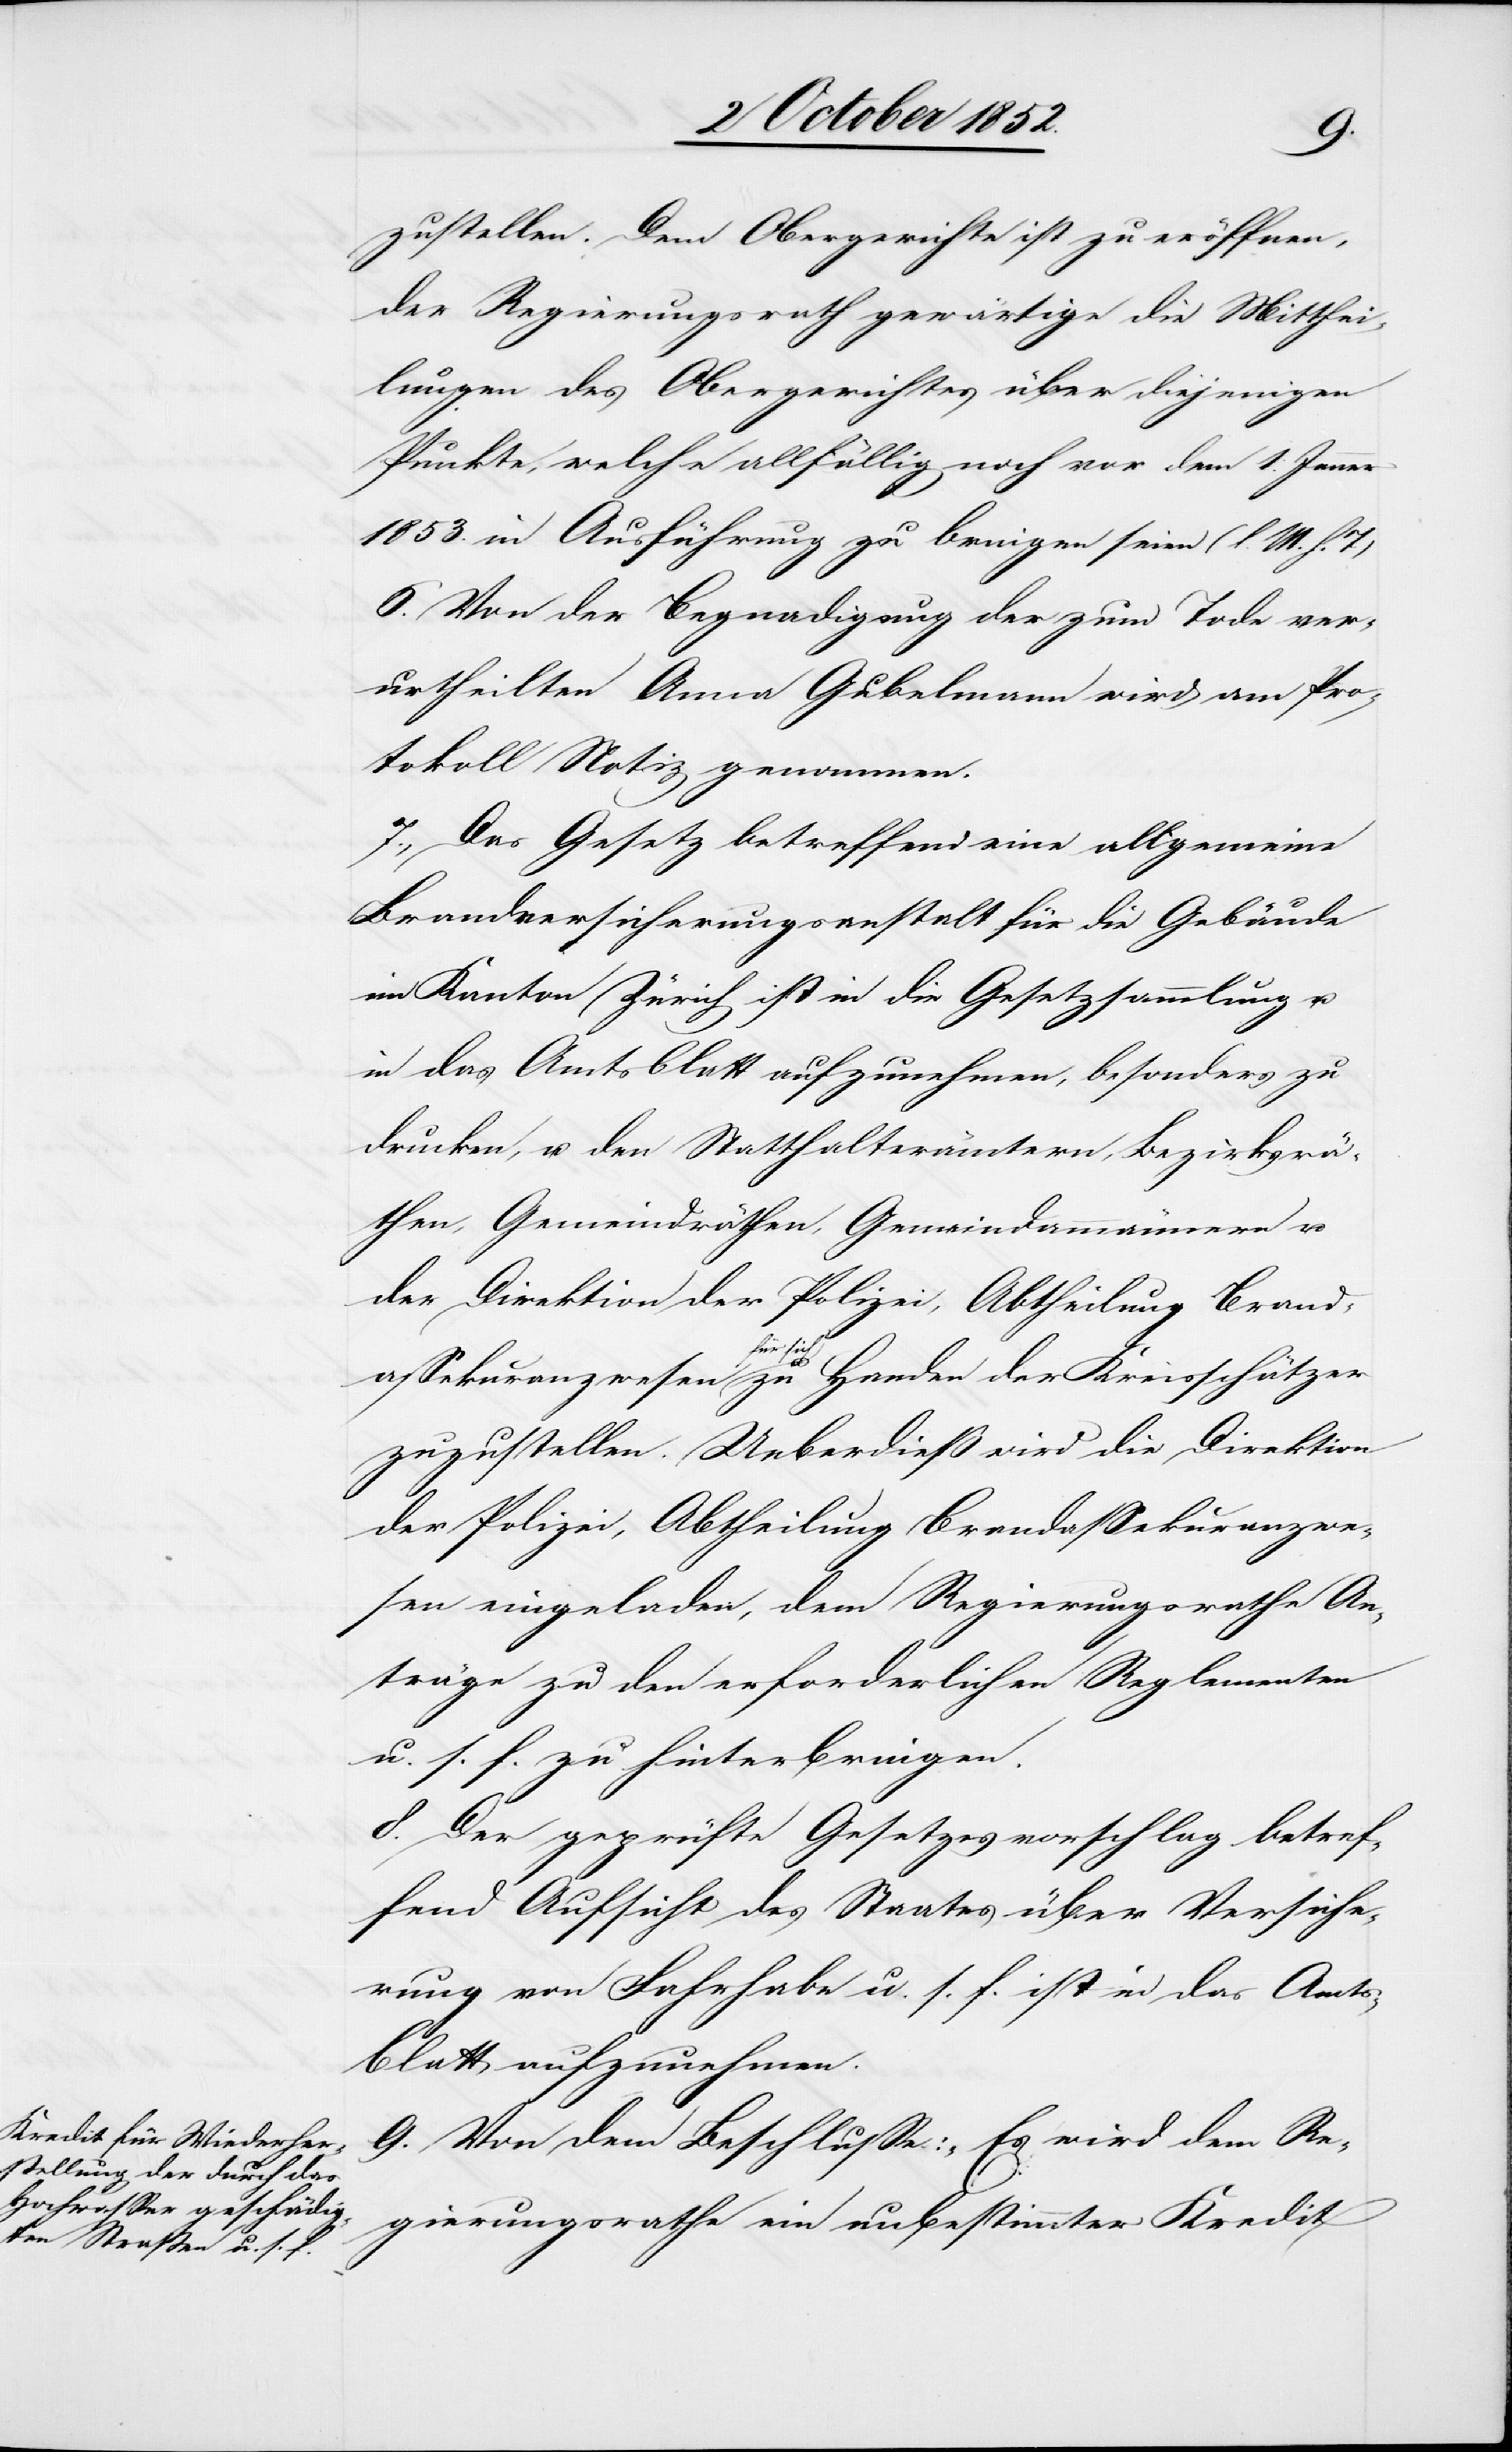
zustellen. Dem Obergerichte ist zu eröffnen,
der Regierungsrath gewärtige die Mitthei¬
lungen des Obergerichtes über diejenigen
Punkte, welche allfällig noch vor dem 1. Jenner
1853. in Ausführung zu bringen sind (l. M. h. T)
6. Von der Begnadigung der zum Tode ver¬
urtheilten Anna Gubelmann wird am Pro¬
tokoll Notiz genommen.
7., Das Gesetz betreffend eine allgemeine
Brandversicherungsanstalt für die Gebäude
im Kanton Zürich ist in die Gesetzsammlung u.
in das Amtsblatt aufzunehmen, besonders zu
drucken, u. den Statthalterämtern, Bezirksrä¬
then, Gemeindräthen, Gemeindammännern u.
der Direktion der Polizei, Abtheilung Brand¬
assekuranzwesen für sich u. zu Handen der Kreisschätzer
zuzustellen. Ueberdieß wird die Direktion
der Polizei, Abtheilung Brandassekuranzwe¬
sen eingeladen, dem Regierungsrathe An¬
träge zu den erforderlichen Reglementen
u. s. f. zu hinterbringen.
8. Der geprüfte Gesetzesvorschlag betref¬
fend Aufsicht des Staates über Versiche¬
rung von Fahrhabe u. s. f. ist in das Amt¬
s-Blatt aufzunehmen.
9. Von dem Beschlusse: „Es wird dem Re¬
gierungsrathe ein unbestimmter Kredit